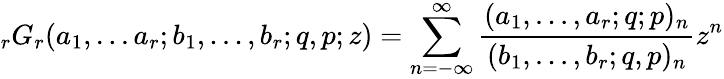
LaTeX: \displaystyle{}_{r}G_{r}(a_{1},...a_{r};b_{1},...,b_{r};q,p;z)=\sum_{n=-\infty}^{\infty}{\frac{(a_{1},...,a_{r};q;p)_{n}}{(b_{1},...,b_{r};q,p)_{n}}}z^{n}